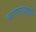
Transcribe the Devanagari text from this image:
चरणपादुकायें